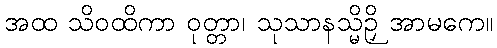
အထ သိဝထိကာ ဝုတ္တာ၊ သုသာနသ္မိဉှိ အာမကေ။